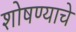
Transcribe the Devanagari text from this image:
शोषण्याचे